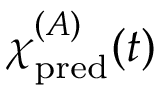
{ \chi \smash [ t ] { \mathstrut } } _ { \mathrm { p r e d } } ^ { ( A ) } ( t )